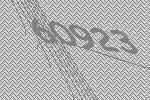
60923